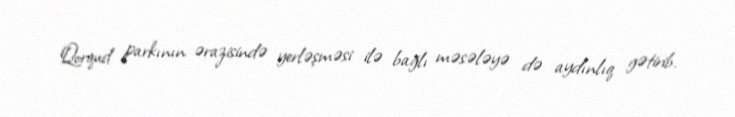
Qorqud parkının ərazisində yerləşməsi ilə bağlı məsələyə də aydınlıq gətirib.